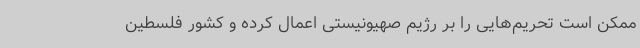
ممکن است تحریم‌هایی را بر رژیم صهیونیستی اعمال کرده و کشور فلسطین